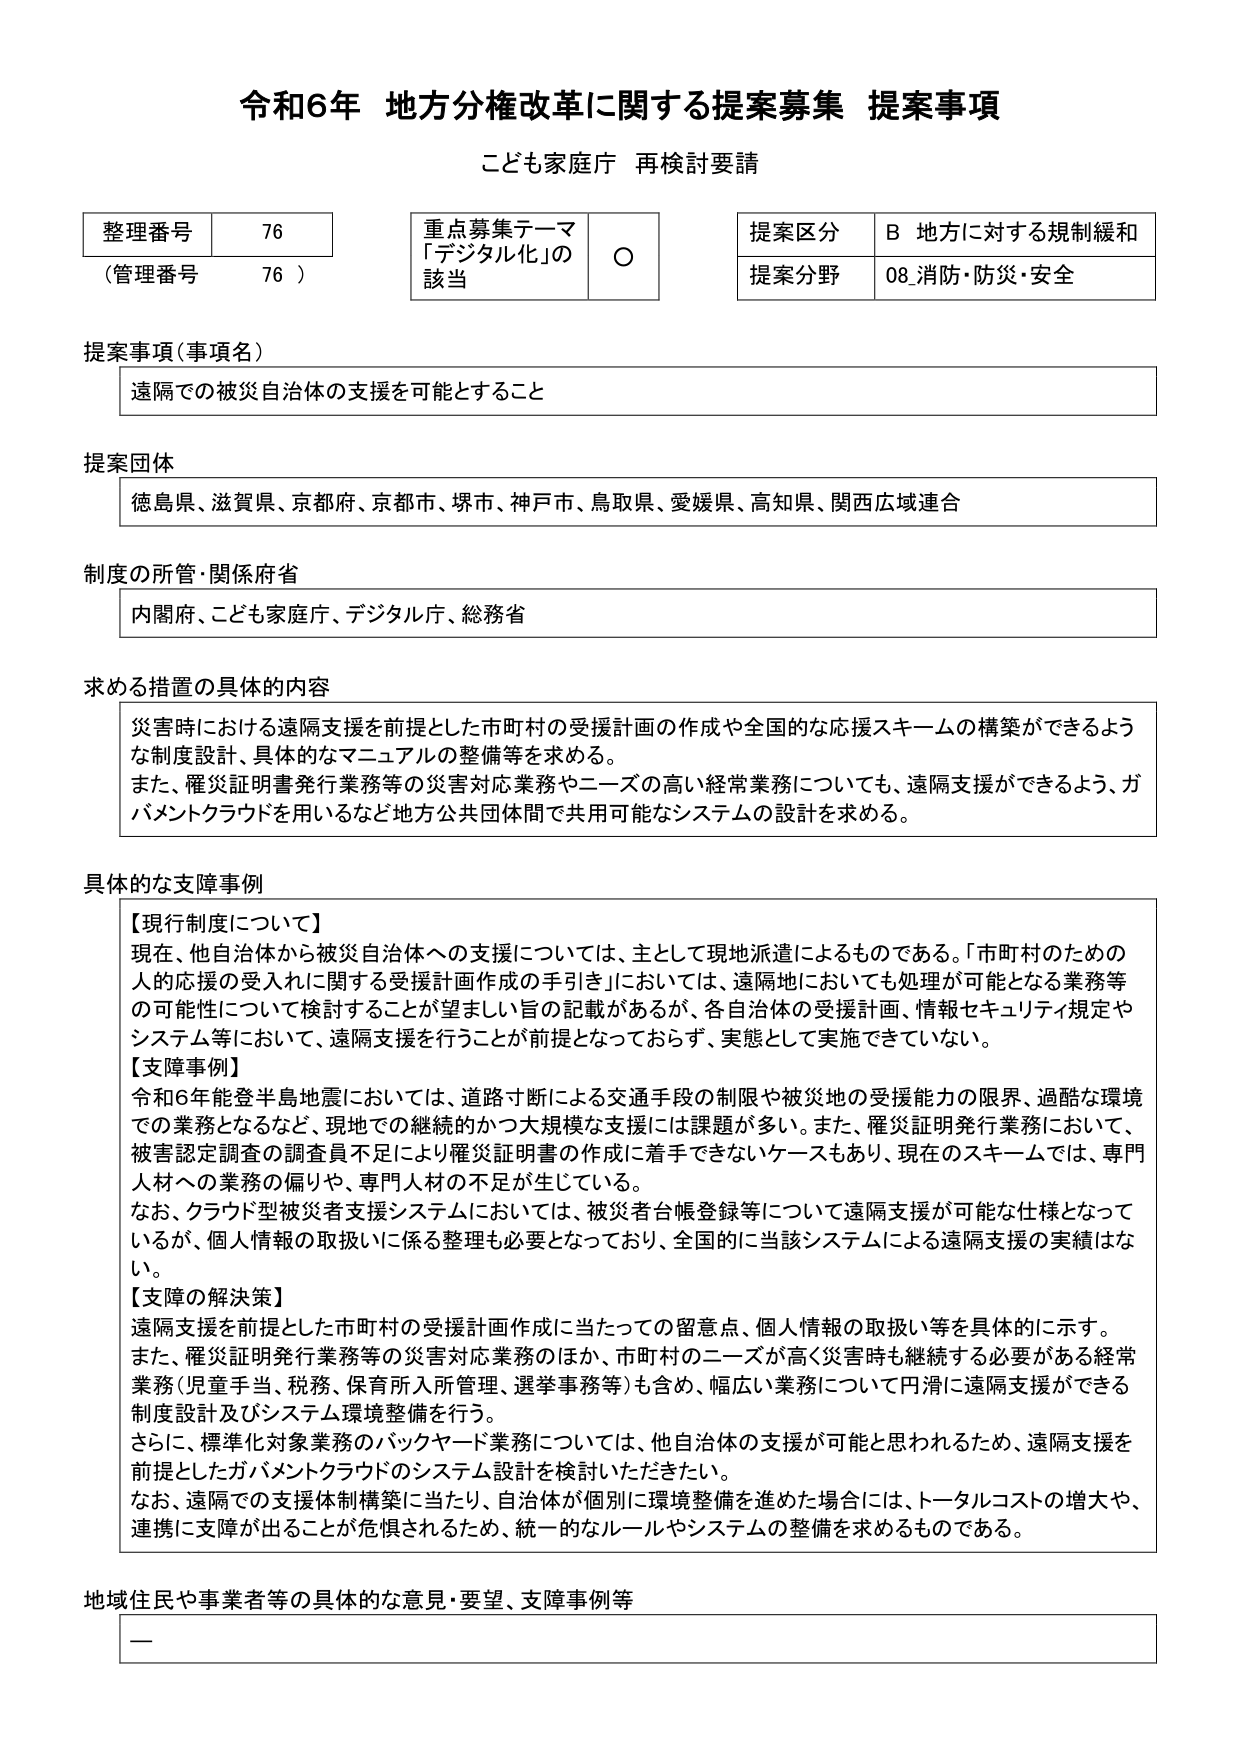
令和6年 地方分権改革に関する提案募集 提案事項
こども家庭庁 再検討要請

整理番号 76
（管理番号 76）

重点募集テーマ
「デジタル化」の
該当 ○

提案区分 B 地方に対する規制緩和
提案分野 08 消防・防災・安全

提案事項（事項名）
遠隔での被災自治体の支援を可能とすること

提案団体
徳島県、滋賀県、京都府、京都市、堺市、神戸市、鳥取県、愛媛県、高知県、関西広域連合

制度の所管・関係府省
内閣府、こども家庭庁、デジタル庁、総務省

求める措置の具体的内容
災害時における遠隔支援を前提とした市町村の受援計画の作成や全国的な応援スキームの構築ができるような制度設計、具体的なマニュアルの整備等を求める。
また、罹災証明書発行業務等の災害対応業務やニーズの高い経常業務についても、遠隔支援ができるよう、ガバメントクラウドを用いるなど地方公共団体間で共用可能なシステムの設計を求める。

具体的な支障事例
【現行制度について】
現在、他自治体から被災自治体への支援については、主として現地派遣によるものである。「市町村のための人的応援の受入れに関する受援計画作成の手引き」においては、遠隔地においても処理が可能となる業務等の可能性について検討することが望ましい旨の記載があるが、各自治体の受援計画、情報セキュリティ規定やシステム等において、遠隔支援を行うことが前提となっておらず、実態として実施できていない。
【支障事例】
令和6年能登半島地震においては、道路寸断による交通手段の制限や被災地の受援能力の限界、過酷な環境での業務となるなど、現地での継続的かつ大規模な支援には課題が多い。また、罹災証明発行業務において、被害認定調査の調査員不足により罹災証明書の作成に着手できないケースもあり、現在のスキームでは、専門人材への業務の偏りや、専門人材の不足が生じている。
なお、クラウド型被災者支援システムにおいては、被災者台帳登録等について遠隔支援が可能な仕様となっているが、個人情報の取扱いに係る整理も必要となっており、全国的に当該システムによる遠隔支援の実績はない。
【支障の解決策】
遠隔支援を前提とした市町村の受援計画作成に当たっての留意点、個人情報の取扱い等を具体的に示す。
また、罹災証明発行業務等の災害対応業務のほか、市町村のニーズが高く災害時も継続する必要がある経常業務（児童手当、税務、保育所入所管理、選挙事務等）も含め、幅広い業務について円滑に遠隔支援ができる制度設計及びシステム環境整備を行う。
さらに、標準化対象業務のバックヤード業務については、他自治体の支援が可能と思われるため、遠隔支援を前提としたガバメントクラウドのシステム設計を検討いただきたい。
なお、遠隔での支援体制構築に当たり、自治体が個別に環境整備を進めた場合には、トータルコストの増大や、連携に支障が出ることが危惧されるため、統一的なルールやシステムの整備を求めるものである。

地域住民や事業者等の具体的な意見・要望、支障事例等
—